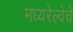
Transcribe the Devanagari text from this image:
मध्यरेल्वेचे